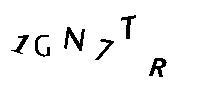
1GN7TR